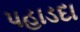
પહાડદા